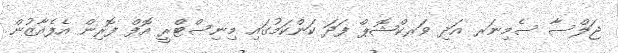
ޖަލްސާ ސެމިނަރ އަދި ވަރކްޝޮޕް ފަދަ ކަންކަމުގައި މިނިސްޓްރީ އޮފް ފޮރިން އެފެއާޒުން